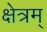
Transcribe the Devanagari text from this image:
क्षेत्रम्